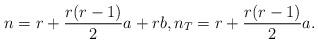
LaTeX: \begin{align*}n = r + \frac{r(r-1)}{2}a + rb, n_T = r + \frac{r(r-1)}{2}a.\end{align*}